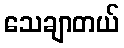
သေချာတယ်